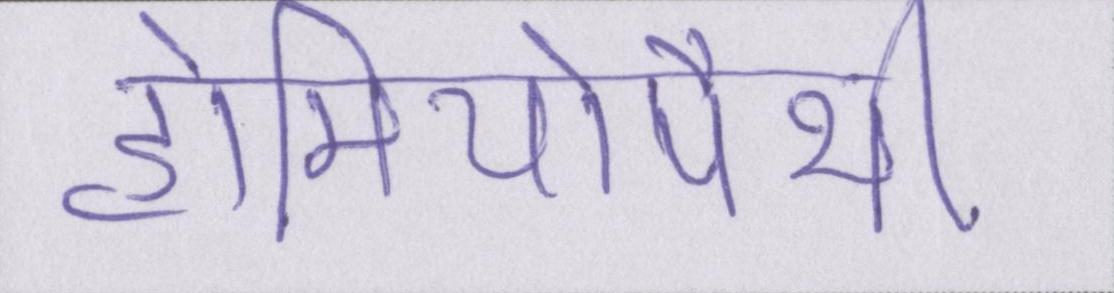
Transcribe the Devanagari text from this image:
होमियोपैथी